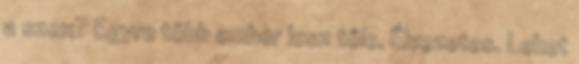
a szex? Egyre több ember lesz tőle. Élvezetes. Lehet